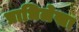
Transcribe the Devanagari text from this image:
प्राधिलेखा